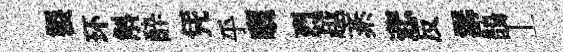
製环斛酔凭乎曬烈越紊悲反潺鵲丄